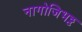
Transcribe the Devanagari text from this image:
नागोजिभट्ट